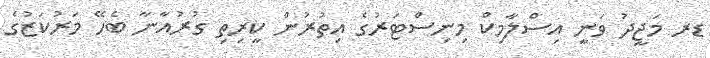
ޑރ މަޖީދު ވަނީ އިސްލާމިކް މިނިސްޓަރުގެ އިތުރުން ކީރިތި ގުރުއާނާ ބެހޭ މަރުކަޒުގެ